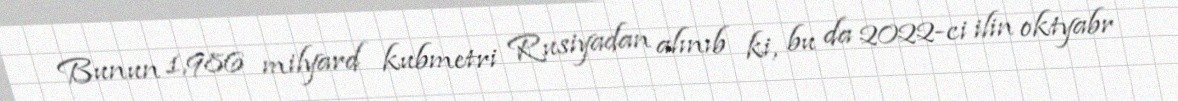
Bunun 1,986 milyard kubmetri Rusiyadan alınıb ki, bu da 2022-ci ilin oktyabr